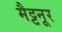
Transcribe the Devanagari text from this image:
मैट्टनूर